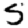
Digit: 5